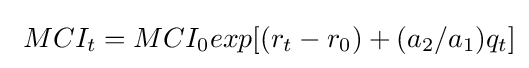
\ MCI_{t}=MCI_{0}exp[(r_{t}-r_{0})+(a_{2}/a_{1})q_{t}]